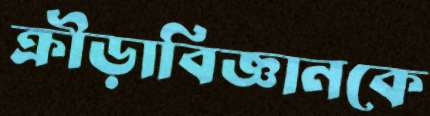
ক্রীড়াবিজ্ঞানকে